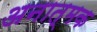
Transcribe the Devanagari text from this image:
अनात्मक